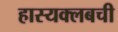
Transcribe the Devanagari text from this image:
हास्यक्लबची